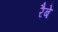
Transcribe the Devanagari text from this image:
रैबे